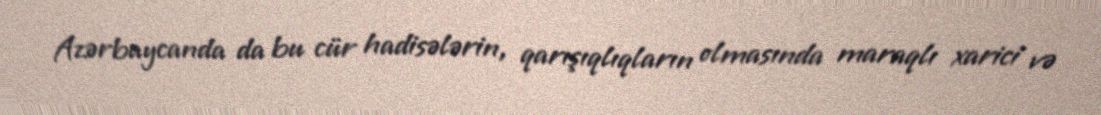
Azərbaycanda da bu cür hadisələrin, qarışıqlıqların olmasında maraqlı xarici və